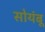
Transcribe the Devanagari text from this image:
सोयंबू